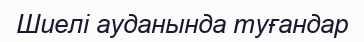
Шиелі ауданында туғандар